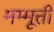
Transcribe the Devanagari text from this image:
मम्मूत्ती